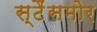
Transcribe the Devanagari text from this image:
स्टैंसमोर